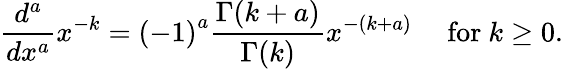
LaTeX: {\frac{d^{a}}{dx^{a}}}x^{-k}=\left(-1\right)^{a}{\frac{\Gamma(k+a)}{\Gamma(k)}}x^{-(k+a)}\quad{\mathrm{~for~}}k\geq 0.